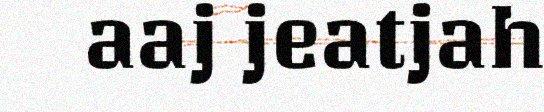
aaj jeatjah